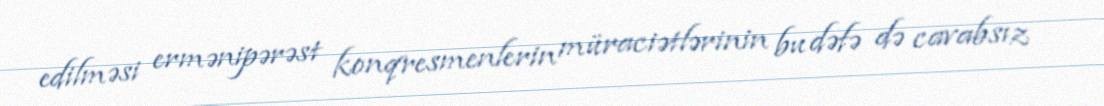
edilməsi ermənipərəst konqresmenlerin müraciətlərinin bu dəfə də cavabsız